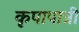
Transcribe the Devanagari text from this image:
कृपापात्री